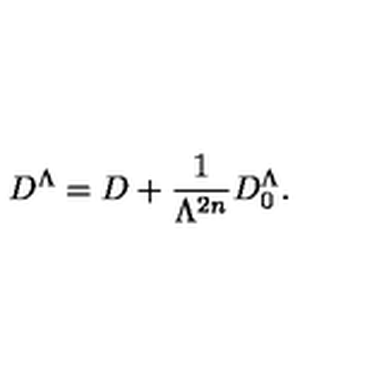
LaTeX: D ^ { \Lambda } = D + \frac { 1 } { \Lambda ^ { 2 n } } D _ { 0 } ^ { \Lambda } .